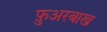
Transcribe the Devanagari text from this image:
फ़ुअरबाख